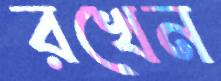
রখেন